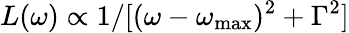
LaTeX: L(\omega)\propto 1/[(\omega-\omega_{\mathrm{max}})^{2}+\Gamma^{2}]